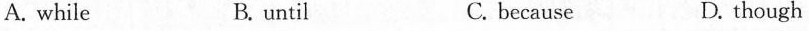
A. while B. until C. because D. though